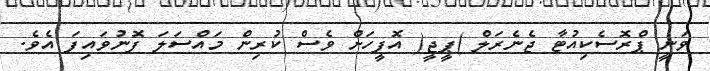
ވަނީ ޕްރޮސެކިއުޓާ ޖެނެރަލް )ޕީޖީ( އޮފީހަށް ވެސް ކުރިން މައްސަލަ ފޮނުވައިފަ އެވެ.